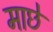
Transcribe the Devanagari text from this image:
माछे